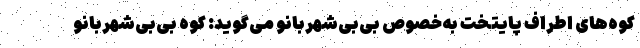
کوه‌های اطراف پایتخت به‌خصوص بی‌بی‌شهربانو می‌گوید: کوه بی‌بی‌شهربانو